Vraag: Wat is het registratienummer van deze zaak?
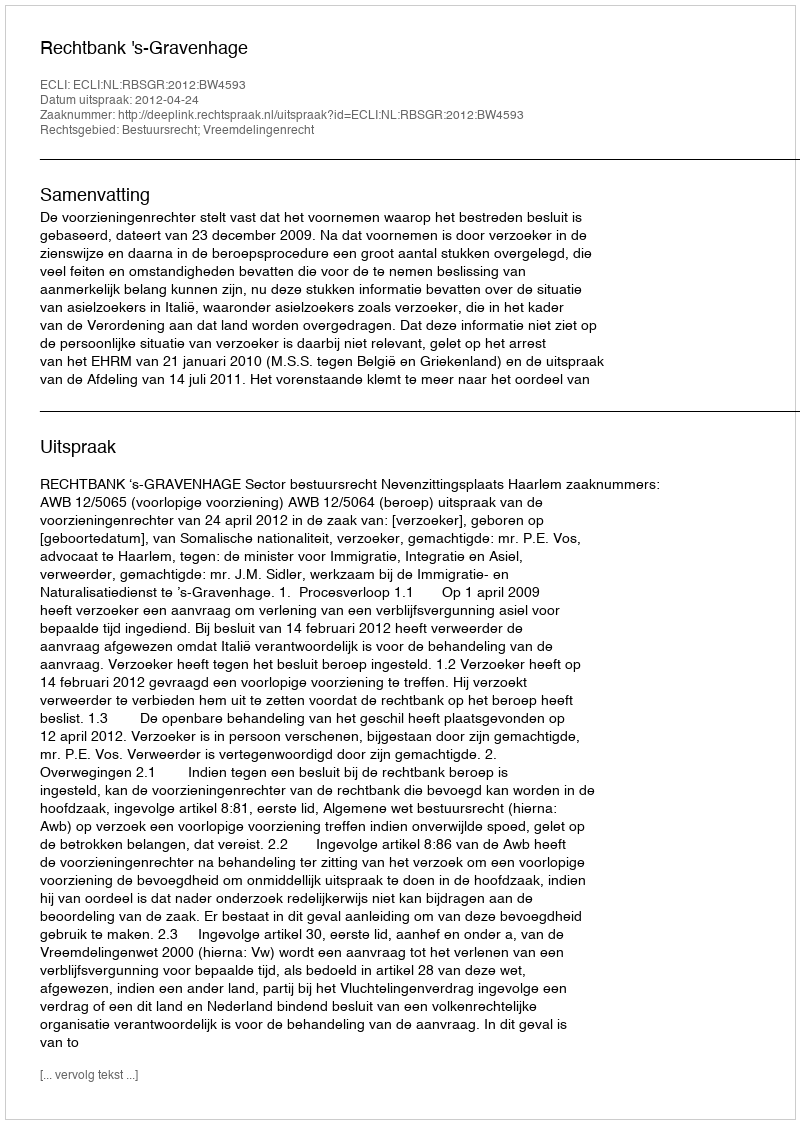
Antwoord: http://deeplink.rechtspraak.nl/uitspraak?id=ECLI:NL:RBSGR:2012:BW4593